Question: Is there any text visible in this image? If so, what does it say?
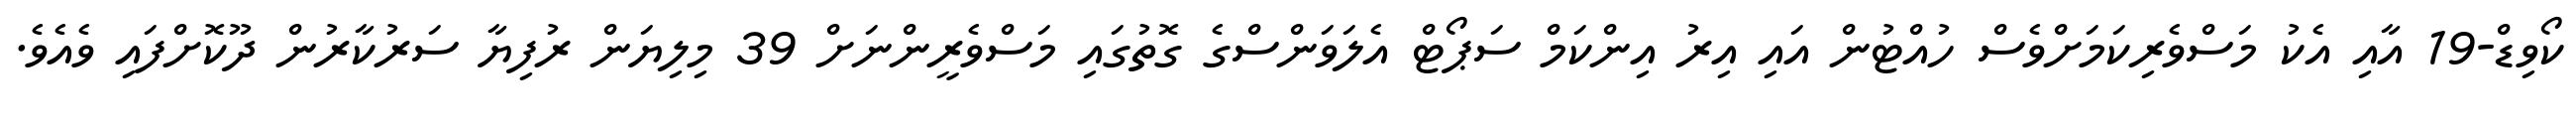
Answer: ކޯވިޑް-19 އާއި އެކު މަސްވެރިކަމަށްވެސް ހުއްޓުން އައި އިރު އިންކަމް ސަޕޯޓް އެލަވަންސްގެ ގޮތުގައި މަސްވެރީންނަށް 39 މިލިޔަން ރުފިޔާ ސަރުކާރުން ދޫކޮށްފައި ވެއެވެ.